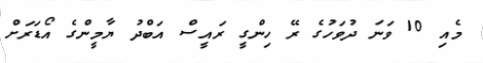
މެއި 10 ވަނަ ދުވަހުގެ ރޭ ހިންގީ ރައީސް އަބްދު ޔާމީންގެ އޯޑަރަށް